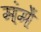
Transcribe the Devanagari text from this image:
मंमें